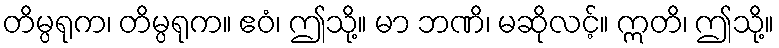
တိမ္ပရုက၊ တိမ္ပရုက။ ဧဝံ၊ ဤသို့။ မာ ဘဏိ၊ မဆိုလင့်။ ဣတိ၊ ဤသို့။